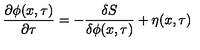
\frac { \partial \phi ( x , \tau ) } { \partial \tau } = - \frac { \delta S } { \delta \phi ( x , \tau ) } + \eta ( x , \tau )